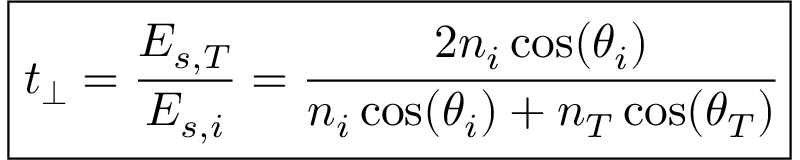
\boxed { t _ { \perp } = \frac { E _ { s , T } } { E _ { s , i } } = \cfrac { 2 n _ { i } \cos ( \theta _ { i } ) } { n _ { i } \cos ( \theta _ { i } ) + n _ { T } \cos ( \theta _ { T } ) } }